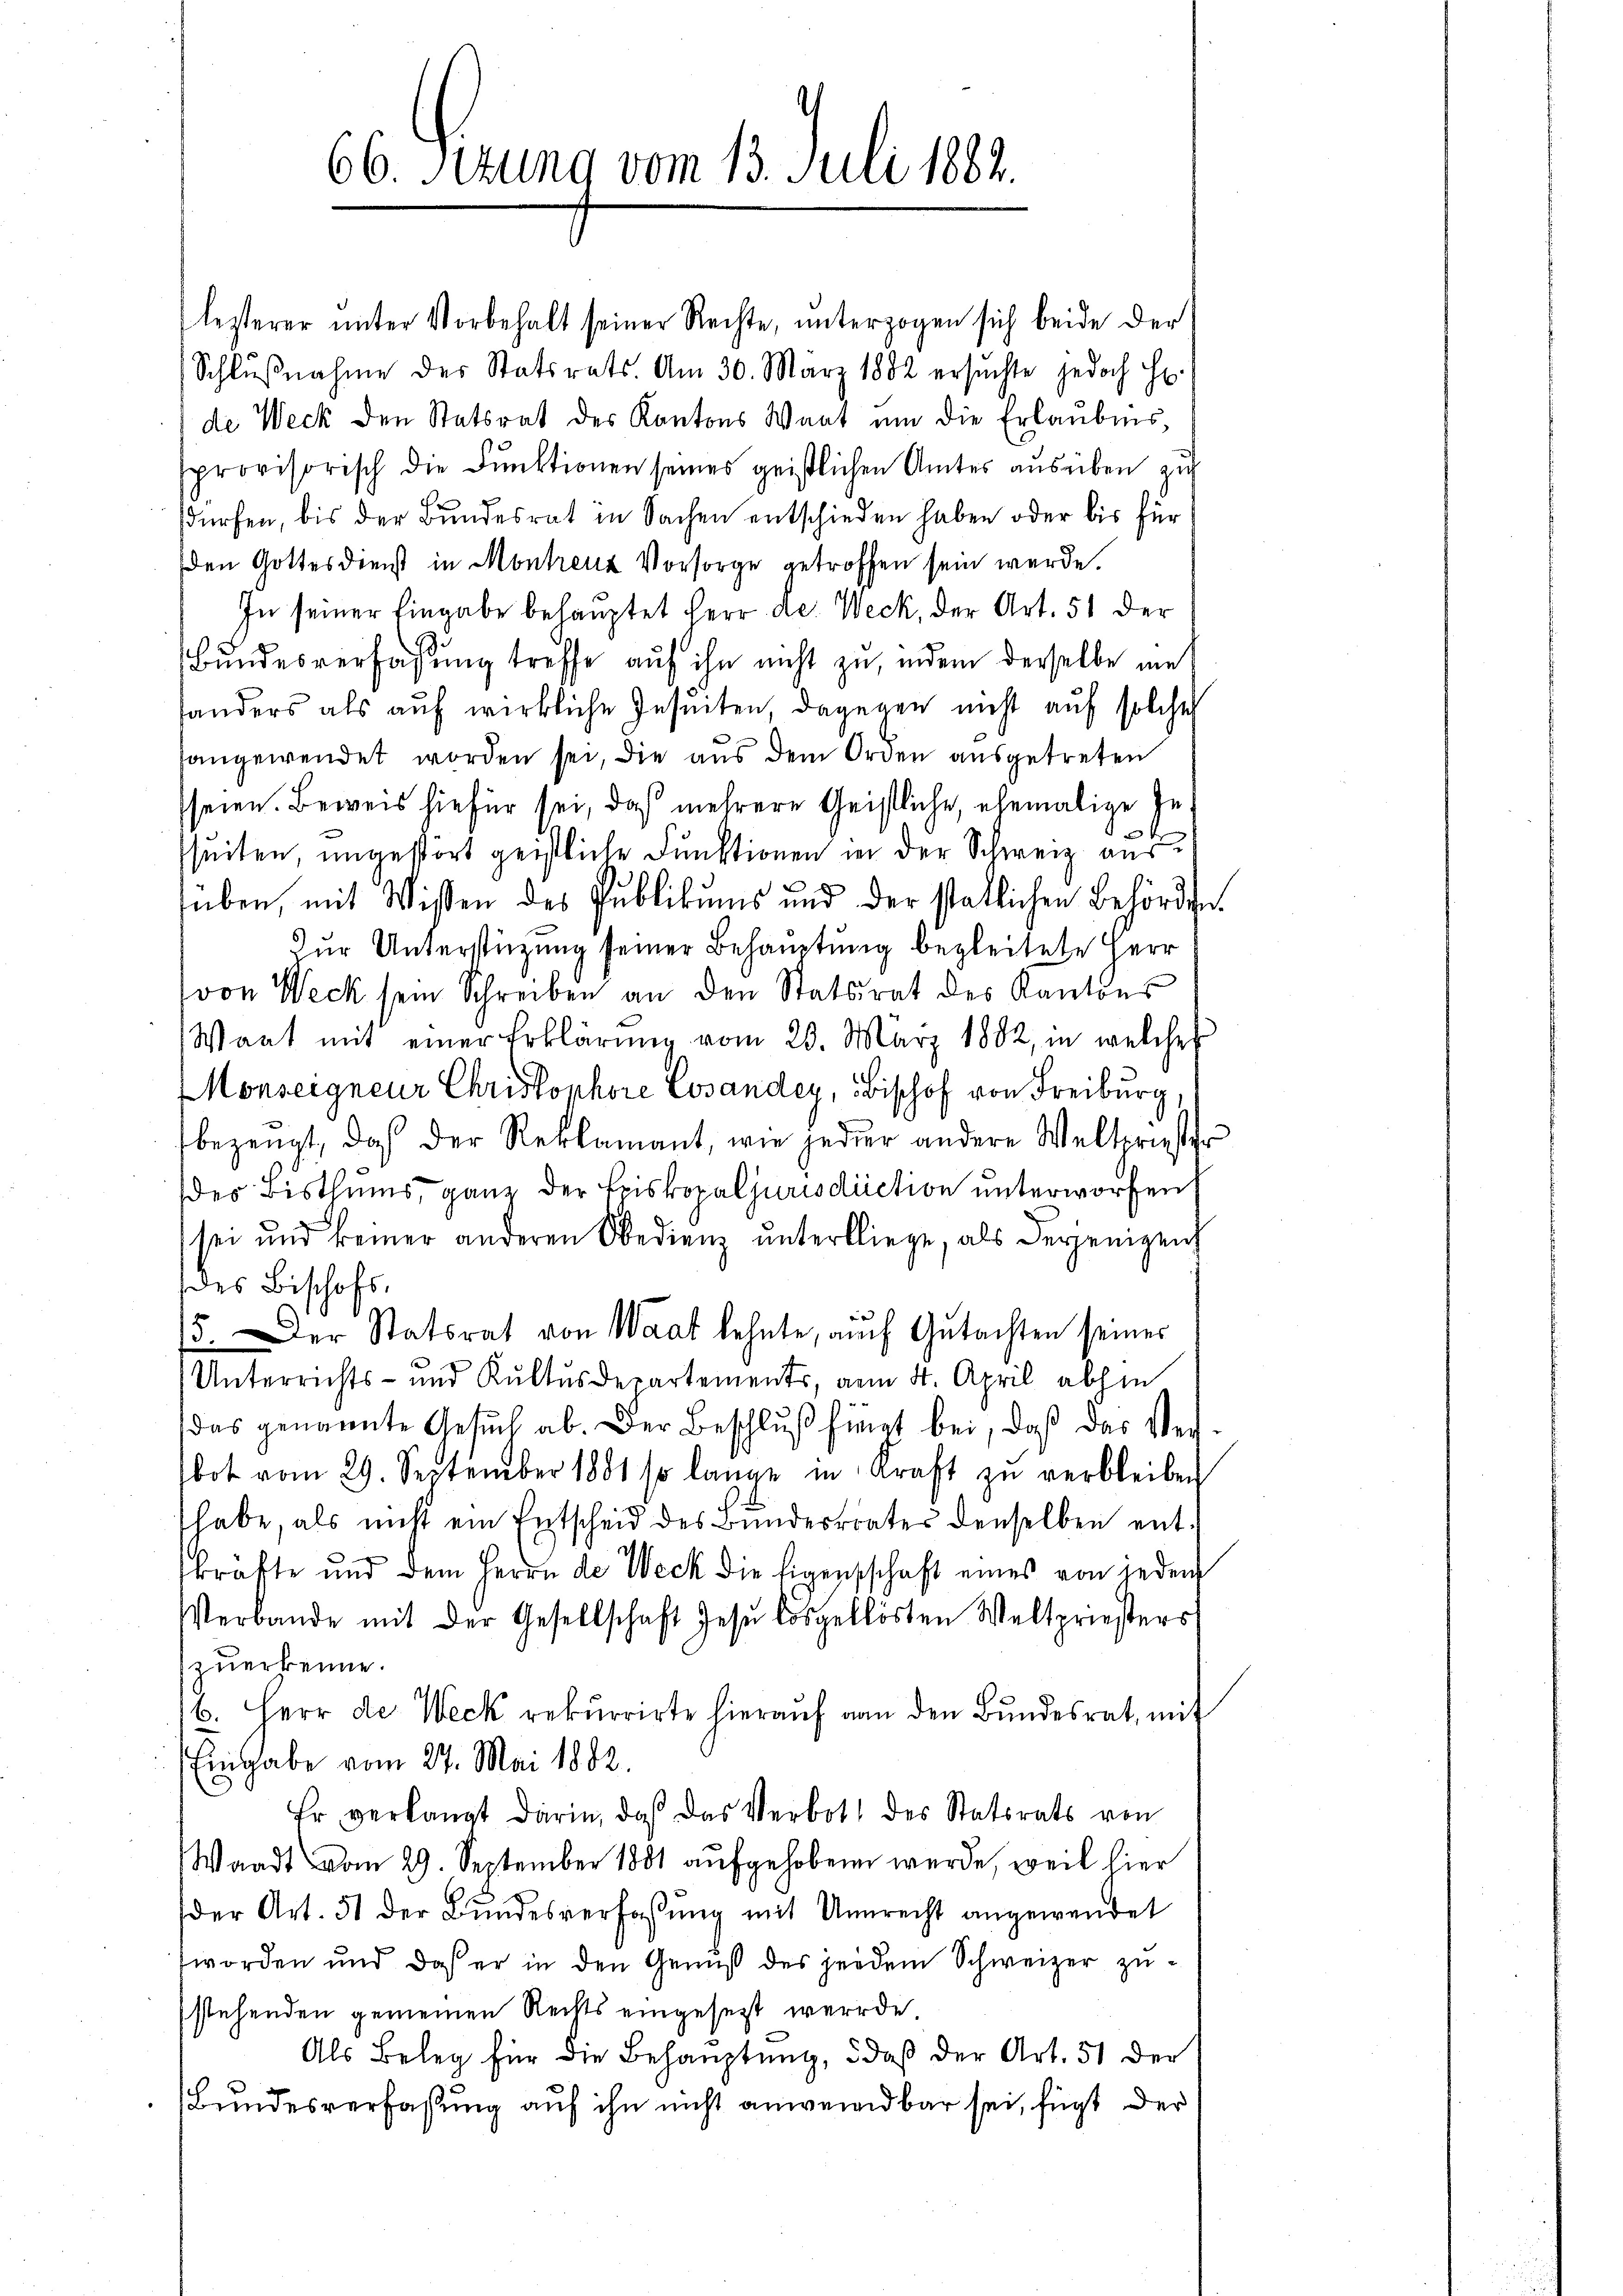
66. Pirung vom 13. Juli 1882.

lesterer ŭnter Vorbehalt seiner Rechte, unterzogen sich beide der
Schlŭβnahme des Statsrats. Am 30. März 1882 ersŭchte jedoch h.
de Weck den Statsrat des Kantons Wart um die Erlaubnis,
sprovisorisch die Funktionen seines geistlichen Amtes ausüben zu
sdürfen, bis der Bundesrat in Sachen entschieden haben oder bis für
den Gottesdienst in Montrenz Vorsorge getroffen sein werde.
In seiner Eingabe behauptet Herr Dr. Weck, der Art. 51 der
Bundesverfassung treffe auf ihn nicht zu, indem derselbe im
sanders als aŭf wirkliche Insuiten, dagegen nicht auf solches
sangewendet worden sei, die aus dem Orden ausgetreten
seien. Beweis hiefür sei, daß mehrere Geistliche, ehemalige Ze
seiten, ungestört geistliche Funktionen in der Schweiz aus
süben, mit Wißen des Publikums und der statlichen Behörden
Zur Unterstüzung seiner Behauptung begleitete Herr
(von Weck sein Schreiben an den Statsrat des Kantons
Wart mit einer Erklärŭng vom 20. März 1882, in welches
Monseigneur Christophore Cosander, Bischof von Freiburg,
bezeugt, daß der Reklamant, wie jeder andere Weltpriest
des Bisthums, ganz der Episkopaljurisdiction unterworfen
sei und keiner anderen Obedienz unterbliege, als derjenigen
des Bischofs,
ein
5. Der Statsrat von Waat lehnte, auch Gutachten seines
Unterrichts- und Kultus Departements, vom 4. April abhin
das genannte Gesuch ab. Der Beschluß hingt bei, daß das Verbot vom 29. September 1881 so lange in Kraft zŭ verbleiben
habe, als nicht ein Entscheid des Bunderrates denselben entkrafte und dem Herrn de Weck die Eigenschchaft eines von jeden
Verbande mit der Gesellschaft Jesu losgelösten Weltpriesters
zuerkenne.
b. Herr de Weck rekurrirte hieraŭf von den Bŭndesrat, mit
Eingabe vom 27. Mai 1882.
Er verlangt darin, daß das Verbot des Statsrats von
Waadt vom 29. September 1881 aufgehobenen werde, weil hier
der Art. 51 der Bŭndesverfassŭng mit Unrecht angewendet
worden und daß er in den Genuß des jedem Schweizer zustehenden gemeinen Rechts eingesetzt werde
Als Beleg für die Behauptung, daß der Art. 51 der
Bundesverfaßung auf ihn nicht anwendbar sei, fügt der